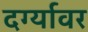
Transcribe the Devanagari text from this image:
दर्ग्यावर